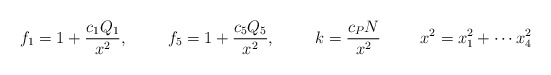
\begin{align*}f_1=1+\frac{c_1Q_1}{x^2}, \hspace{1cm} f_5=1+\frac{c_5Q_5}{x^2}, \hspace{1cm} k=\frac{c_PN}{x^2} \hspace{1cm} x^2=x_1^2+\cdots x_4^2\end{align*}